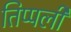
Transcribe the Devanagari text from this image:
तिप्पली